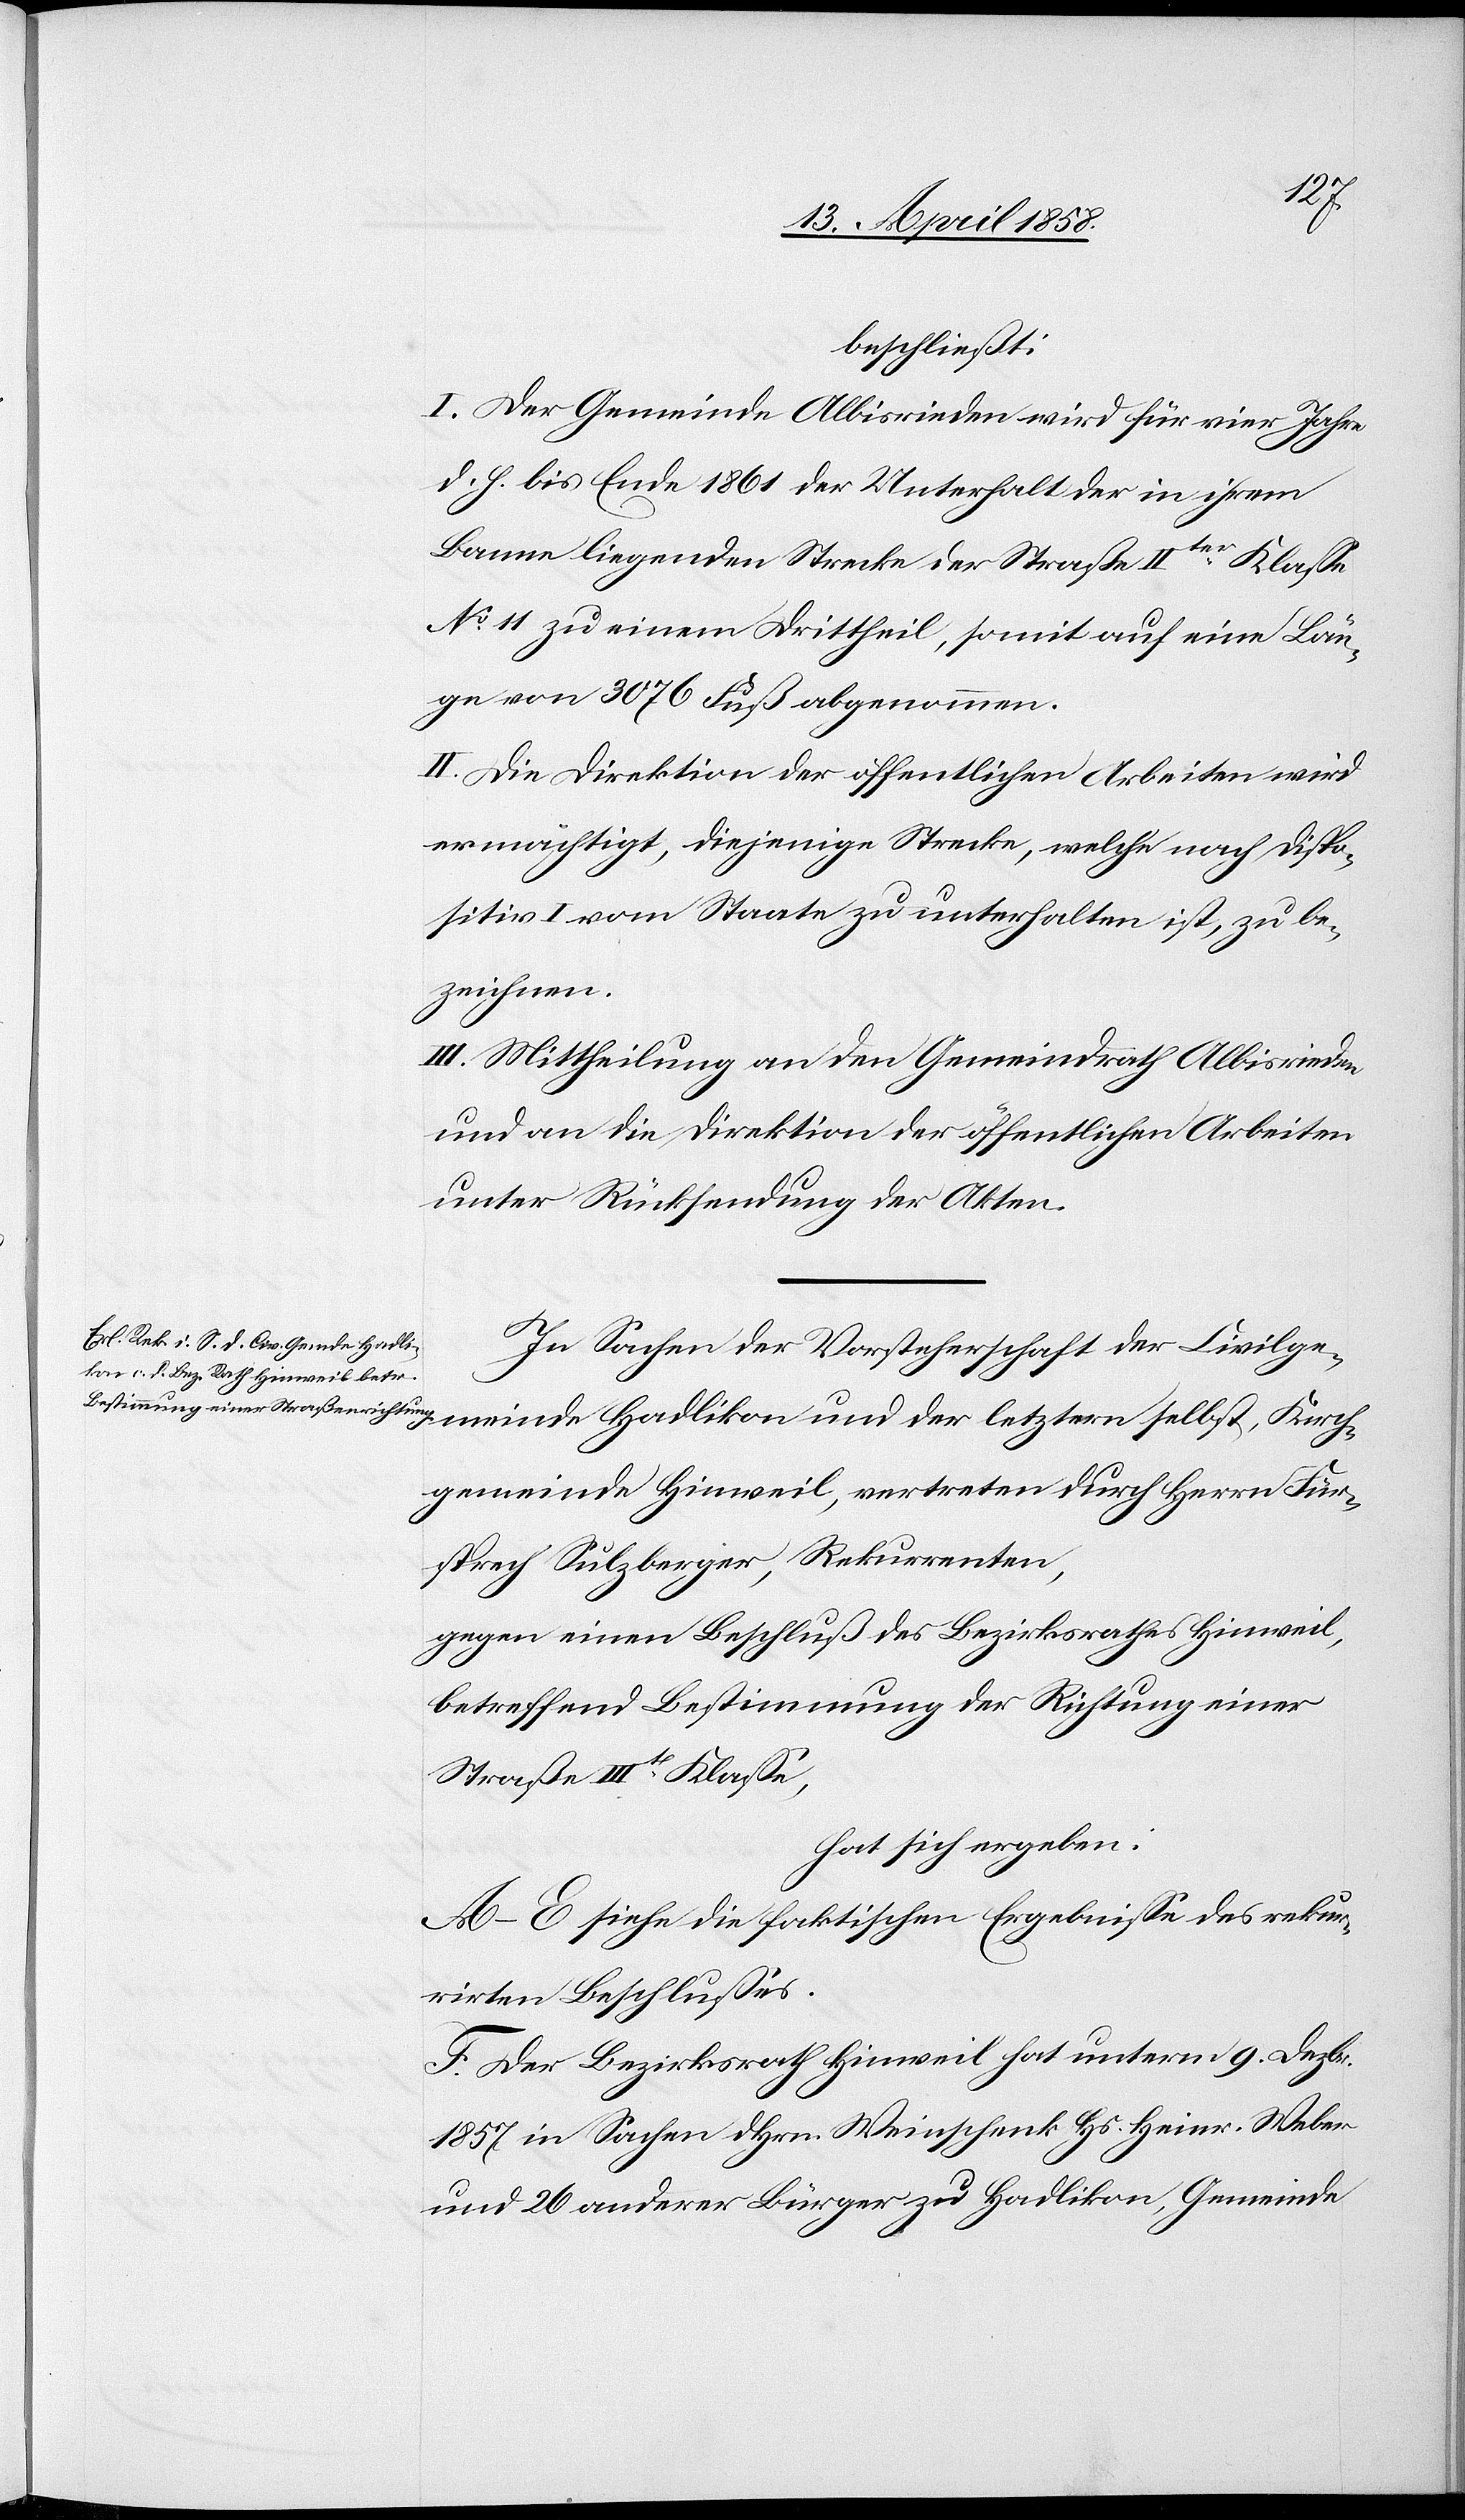
beschließt:
I. Der Gemeinde Albisrieden wird für vier Jahre
d. h. bis Ende 1861 der Unterhalt der in ihrem
Banne liegenden Strecke der Straße IIter Klasse
No 11 zu einem Drittheil, somit auf eine Län¬
ge von 3076 Fuß abgenommen.
II. Die Direktion der öffentlichen Arbeiten wird
ermächtigt, diejenige Strecke, welche nach Dispo¬
sitiv I vom Staate zu unterhalten ist, zu be¬
zeichnen.
III. Mittheilung an den Gemeindrath Albisrieden
und an die Direktion der öffentlichen Arbeiten
unter Rücksendung der Akten.
In Sachen der Vorsteherschaft der Civilge¬
meinde Hadlikon und der letztern selbst, Kirch¬
gemeinde Hinweil, vertreten durch Herrn Für¬
sprech Sulzberger, Rekurrenten,
gegen einen Beschluß des Bezirksrathes Hinweil,
betreffend Bestimmung der Richtung einer
Straße III tr Klasse,
hat sich ergeben:
A–E siehe die faktischen Ergebnisse des rekur¬
rirten Beschlusses.
F. Der Bezirksrath Hinweil hat unterm 9. Dezbr.
1857 in Sachen dHrn. Weinschenk Hs. Heinr. Weber
und 26 anderer Bürger zu Hadlikon, Gemeinde